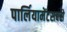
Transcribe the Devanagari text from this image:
पार्लियामेंटसबसे